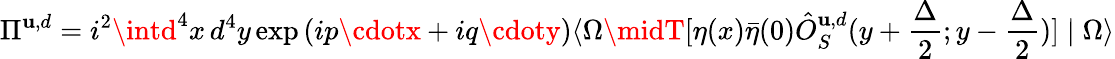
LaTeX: \Pi^{\mathbf{u},d}=i^{2}\intd^{4}x\, d^{4}y\exp{(ip\cdotx+iq\cdoty)}\langle\Omega\midT[\eta(x){\bar{{\eta}}}(0){\hat{{O}}}_{S}^{\mathbf{u},d}(y+\frac{{\Delta}}{{2}};y-\frac{{\Delta}}{{2}})]\mid\Omega\rangle